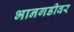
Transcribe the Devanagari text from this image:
भानगडीवर